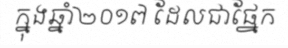
ក្នុងឆ្នាំ២០១៧ ដែលជាផ្នែក